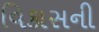
વિકાસની